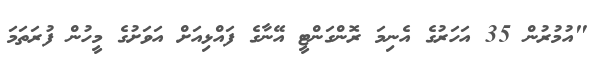
"އުމުރުން 35 އަހަރުގެ އެނިމަ ރޮންގަންޓީ އޭނާގެ ފައްޅިއަށް އަވަށުގެ މީހުން ފުރަތަމަ